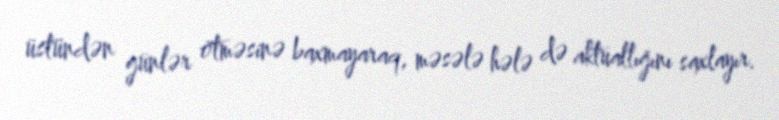
üstündən günlər ötməsinə baxmayaraq, məsələ hələ də aktuallığını saxlayır.